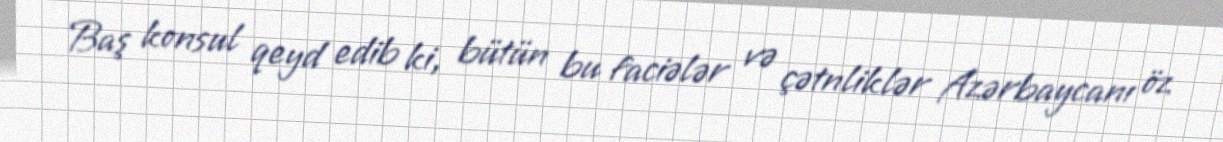
Baş konsul qeyd edib ki, bütün bu faciələr və çətnliklər Azərbaycanı öz